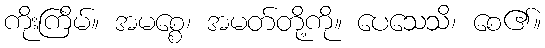
ကိုးကြိမ်။ အမစ္စေ၊ အမတ်တို့ကို။ ပေသေသိ၊ စေ၏။